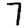
Digit: 7